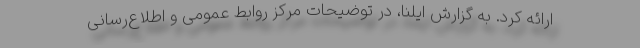
ارائه کرد. به گزارش ایلنا، در توضیحات مرکز روابط عمومی و اطلاع‌رسانی